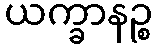
ယက္ခာနဉ္စ